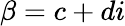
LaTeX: \beta=c+di